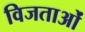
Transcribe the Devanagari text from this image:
विजताओं